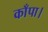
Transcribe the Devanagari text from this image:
काँपा।